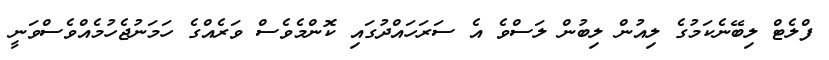
ފްލެޓް ލިބޭނެކަމުގެ ލިއުން ލިބުން ލަސްވެ އެ ސަރަހައްދުގައި ކޮންމެވެސް ވަރެއްގެ ހަމަނުޖެހުމެއްވެސްވަނީ